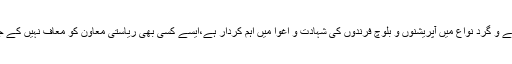
جو مشکے و گرد نواع میں آپریشنوں و بلوچ فرندوں کی شہادت و اغوا میں اہم کردار ہے،ایسے کسی بھی ریاستی معاون کو معاف نہیں کے جائے گا۔